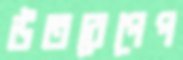
উতরেপেপ